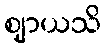
ဈာယသိ